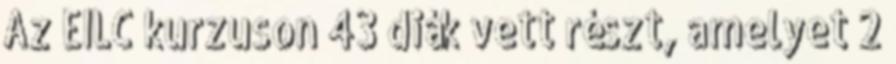
Az EILC kurzuson 43 diák vett részt, amelyet 2